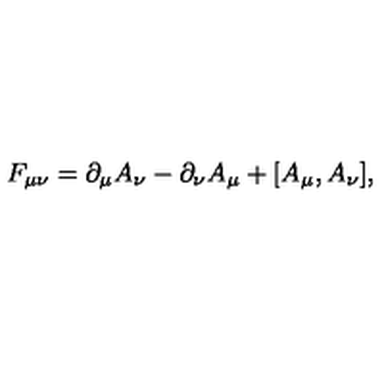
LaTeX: F _ { \mu \nu } = \partial _ { \mu } A _ { \nu } - \partial _ { \nu } A _ { \mu } + [ A _ { \mu } , A _ { \nu } ] ,